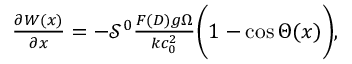
\begin{array} { r } { \frac { \partial W ( x ) } { \partial x } = - \mathcal { S } ^ { 0 } \frac { F ( D ) g \Omega } { k c _ { 0 } ^ { 2 } } \bigg ( 1 - \cos \Theta ( x ) \bigg ) , } \end{array}